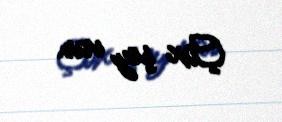
Çox şey var.